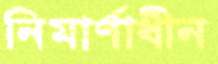
নিমার্ণাধীন